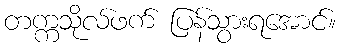
တက္ကသိုလ်ဖက် ပြန်သွားရအောင်။